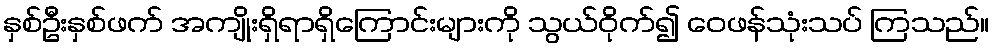
နှစ်ဦးနှစ်ဖက် အကျိုးရှိရာရှိကြောင်းများကို သွယ်ဝိုက်၍ ဝေဖန်သုံးသပ် ကြသည်။